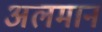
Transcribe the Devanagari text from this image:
अलमान